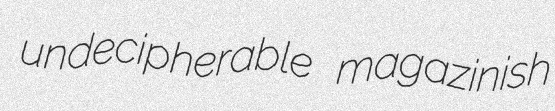
undecipherable magazinish